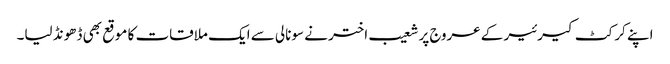
اپنے کرکٹ کیرئیر کے عروج پر شعیب اختر نے سونالی سے ایک ملاقات کا موقع بھی ڈھونڈ لیا۔